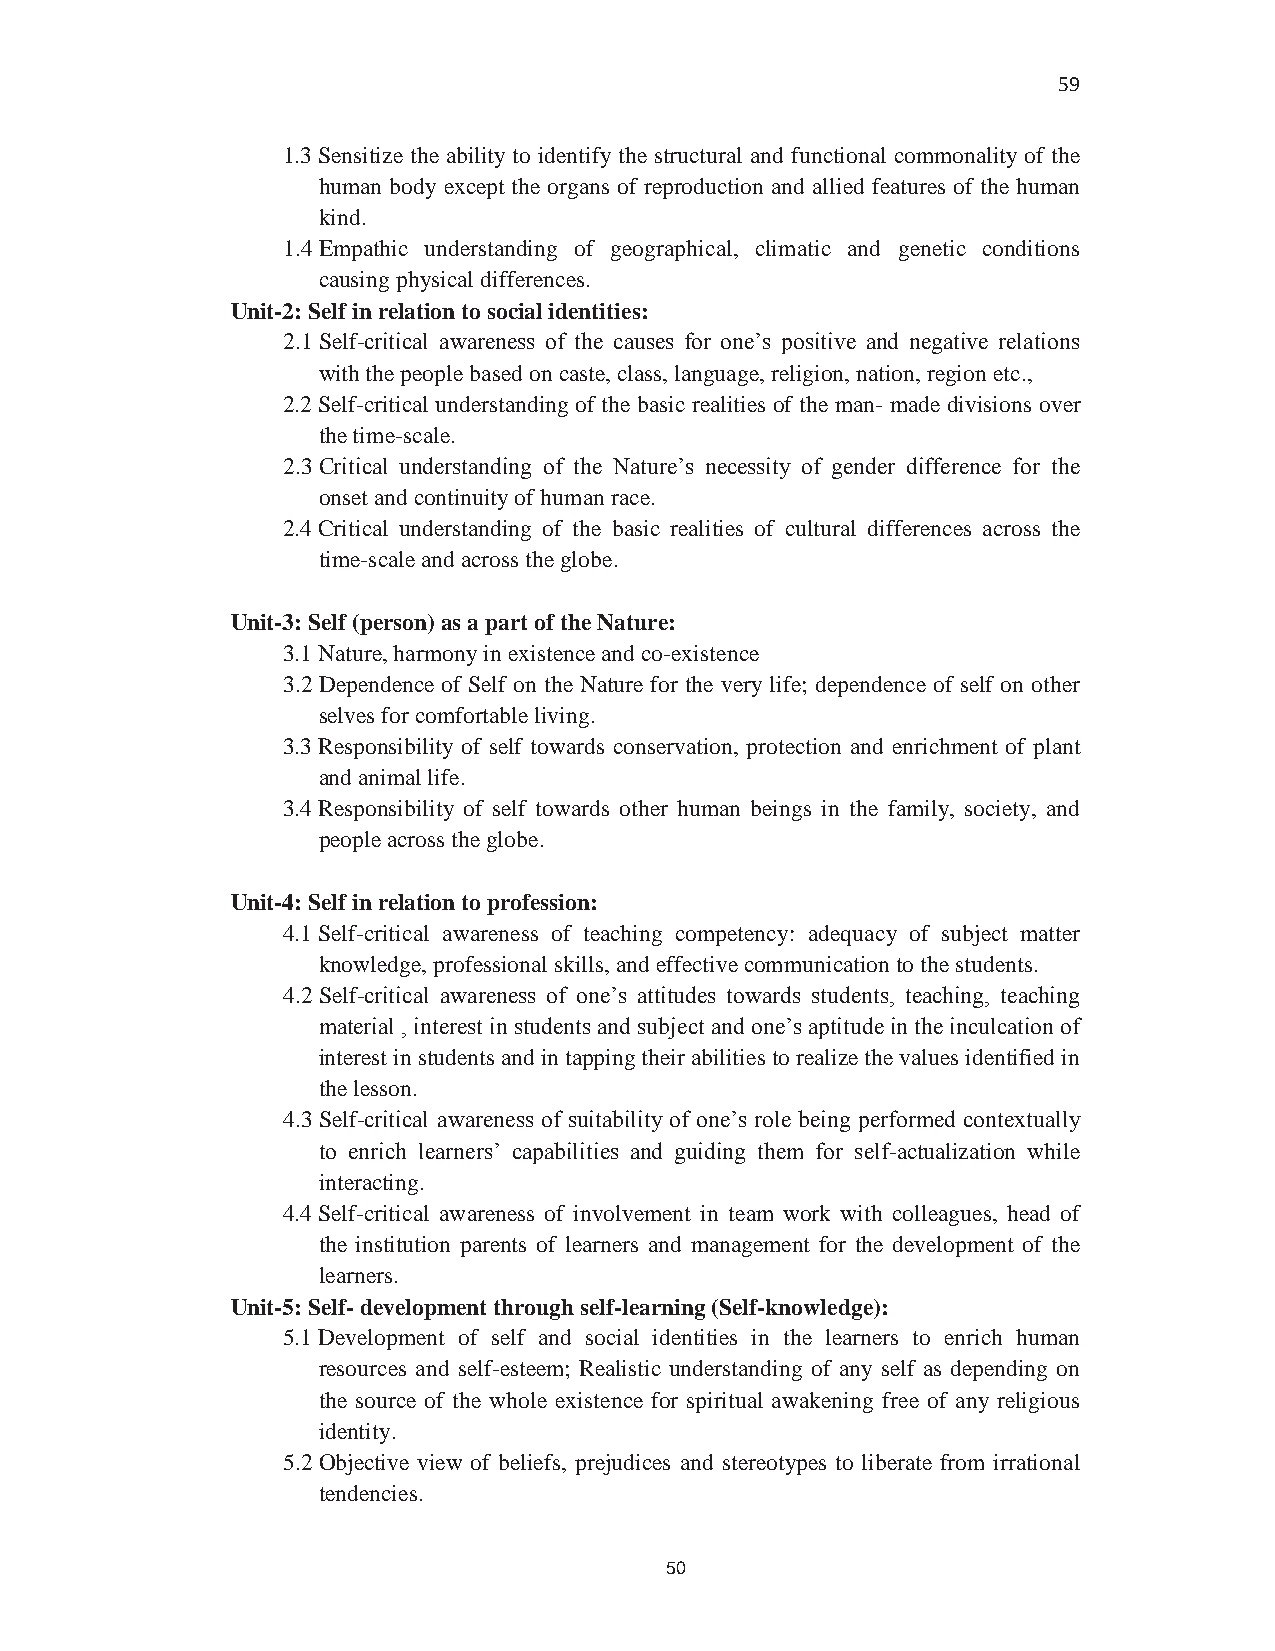
59
 1.3Sensitize the ability to identify the structural and functional commonality of the
 human body except the organs of reproduction and allied features of the human
 kind.
 1.4Empathic understanding of geographical, climatic and genetic conditions
 causing physical differences.
 Unit-2: Self in relation to social identities:
 2.1Self-critical awareness of the causes for one’s positive and negative relations
 with the people based on caste, class, language, religion, nation, region etc.,
 2.2Self-critical understanding of the basic realities of the man- made divisions over
 the time-scale.
 2.3Critical understanding of the Nature’s necessity of gender difference for the
 onset and continuity of human race.
 2.4Critical understanding of the basic realities of cultural differences across the
 time-scale and across the globe.
 Unit-3: Self (person) as a part of the Nature:
 3.1Nature, harmony in existence and co-existence
 3.2Dependence of Self on the Nature for the very life; dependence of self on other
 selves for comfortable living.
 3.3Responsibility of self towards conservation, protection and enrichment of plant
 and animal life.
 3.4Responsibility of self towards other human beings in the family, society, and
 people across the globe.
 Unit-4: Self in relation to profession:
 4.1Self-critical awareness of teaching competency: adequacy of subject matter
 knowledge, professional skills, and effective communication to the students.
 4.2Self-critical awareness of one’s attitudes towards students, teaching, teaching
 material , interest in students and subject and one’s aptitude in the inculcation of
 interest in students and in tapping their abilities to realize the values identified in
 the lesson.
 4.3Self-critical awareness of suitability of one’s role being performed contextually
 to enrich learners’ capabilities and guiding them for self-actualization while
 interacting.
 4.4Self-critical awareness of involvement in team work with colleagues, head of
 the institution parents of learners and management for the development of the
 learners.
 Unit-5: Self- development through self-learning (Self-knowledge):
 5.1Development of self and social identities in the learners to enrich human
 resources and self-esteem; Realistic understanding of any self as depending on
 the source of the whole existence for spiritual awakening free of any religious
 identity.
 5.2Objective view of beliefs, prejudices and stereotypes to liberate from irrational
 tendencies.
 50